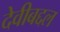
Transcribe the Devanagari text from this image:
देवीबद्दल